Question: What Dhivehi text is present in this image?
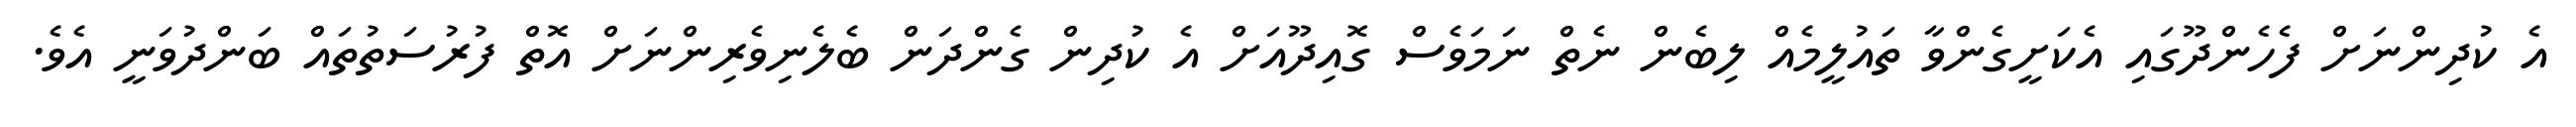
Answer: އެ ކުދިންނަށް ފެހެންދޫގައި އެކަށީގެންވާ ތައުލީމެއް ލިބެން ނެތް ނަމަވެސް ގޮއިދޫއަށް އެ ކުދިން ގެންދަން ބެލެނިވެރިންނަށް އޮތް ފުރުސަތުތައް ބަންދުވަނީ އެވެ.